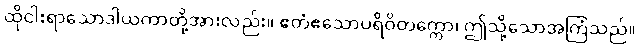
ထိုငါးရာသောဒါယကာတို့အားလည်း။ ဧတံဧသောပရိဝိတက္ကော၊ ဤသို့သောအကြံသည်။